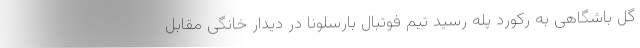
گل باشگاهی به رکورد پله رسید تیم فوتبال بارسلونا در دیدار خانگی مقابل